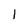
Character: l